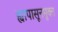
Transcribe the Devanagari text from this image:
ह्यापासूनमुक्त